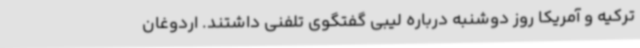
ترکیه و آمریکا روز دوشنبه درباره لیبی گفتگوی تلفنی داشتند. اردوغان